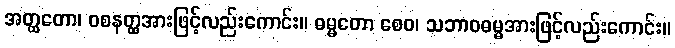
အတ္ထတော၊ ဝစနတ္ထအားဖြင့်လည်းကောင်း။ ဓမ္မတော စေဝ၊ သဘာဝဓမ္မအားဖြင့်လည်းကောင်း။